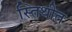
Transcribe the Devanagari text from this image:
स्तिथीत